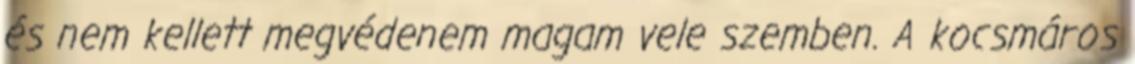
és nem kellett megvédenem magam vele szemben. A kocsmáros